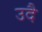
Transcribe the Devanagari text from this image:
उदै